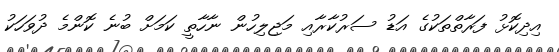
އިދިކޮޅު ފަރާތްތަކުގެ އަޑު ސަރުކާރާއި މަޖިލިހުން ނާހާތީ ކަމަށް ބުނެ ކޮންމެ ދުވަހަކު